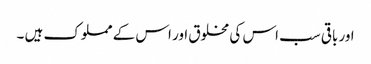
اور باقی سب اس کی مخلوق اور اس کے مملوک ہیں ۔